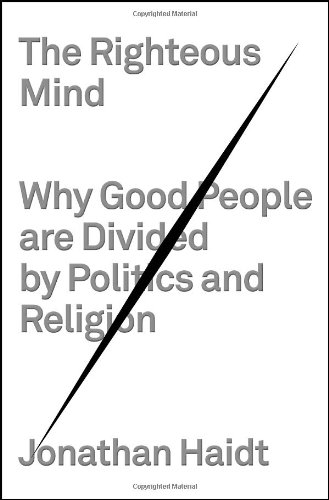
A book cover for The Righteous Mind: Why Good People Are Divided by Politics and Religion; Jonathan Haidt; Religion & Spirituality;